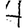
Digit: 4